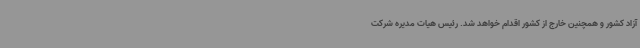
آزاد کشور و همچنین خارج از کشور اقدام خواهد شد. رئیس هیات مدیره شرکت